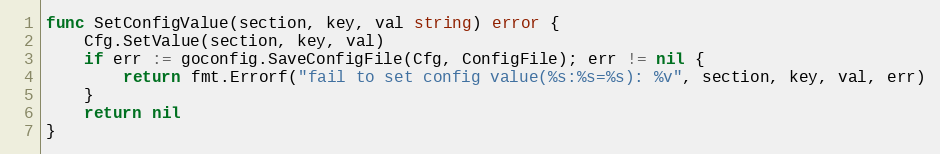
Language: Go
func SetConfigValue(section, key, val string) error {
	Cfg.SetValue(section, key, val)
	if err := goconfig.SaveConfigFile(Cfg, ConfigFile); err != nil {
		return fmt.Errorf("fail to set config value(%s:%s=%s): %v", section, key, val, err)
	}
	return nil
}